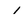
Character: 1